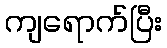
ကျရောက်ပြီး